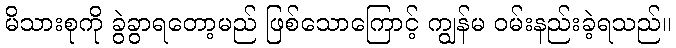
မိသားစုကို ခွဲခွာရတော့မည် ဖြစ်သောကြောင့် ကျွန်မ ဝမ်းနည်းခဲ့ရသည်။